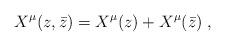
LaTeX: \begin{align*}X^{\mu}(z,\bar{z})=X^{\mu}(z)+X^{\mu}(\bar{z})\;,\end{align*}